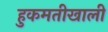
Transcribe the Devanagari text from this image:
हुकमतीखाली